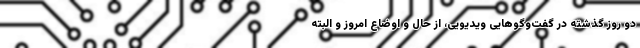
دو روز گذشته در گفت‌وگوهایی ویدیویی، از حال و اوضاع امروز و البته